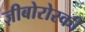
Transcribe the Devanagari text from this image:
ज़ीबोरोस्‍की